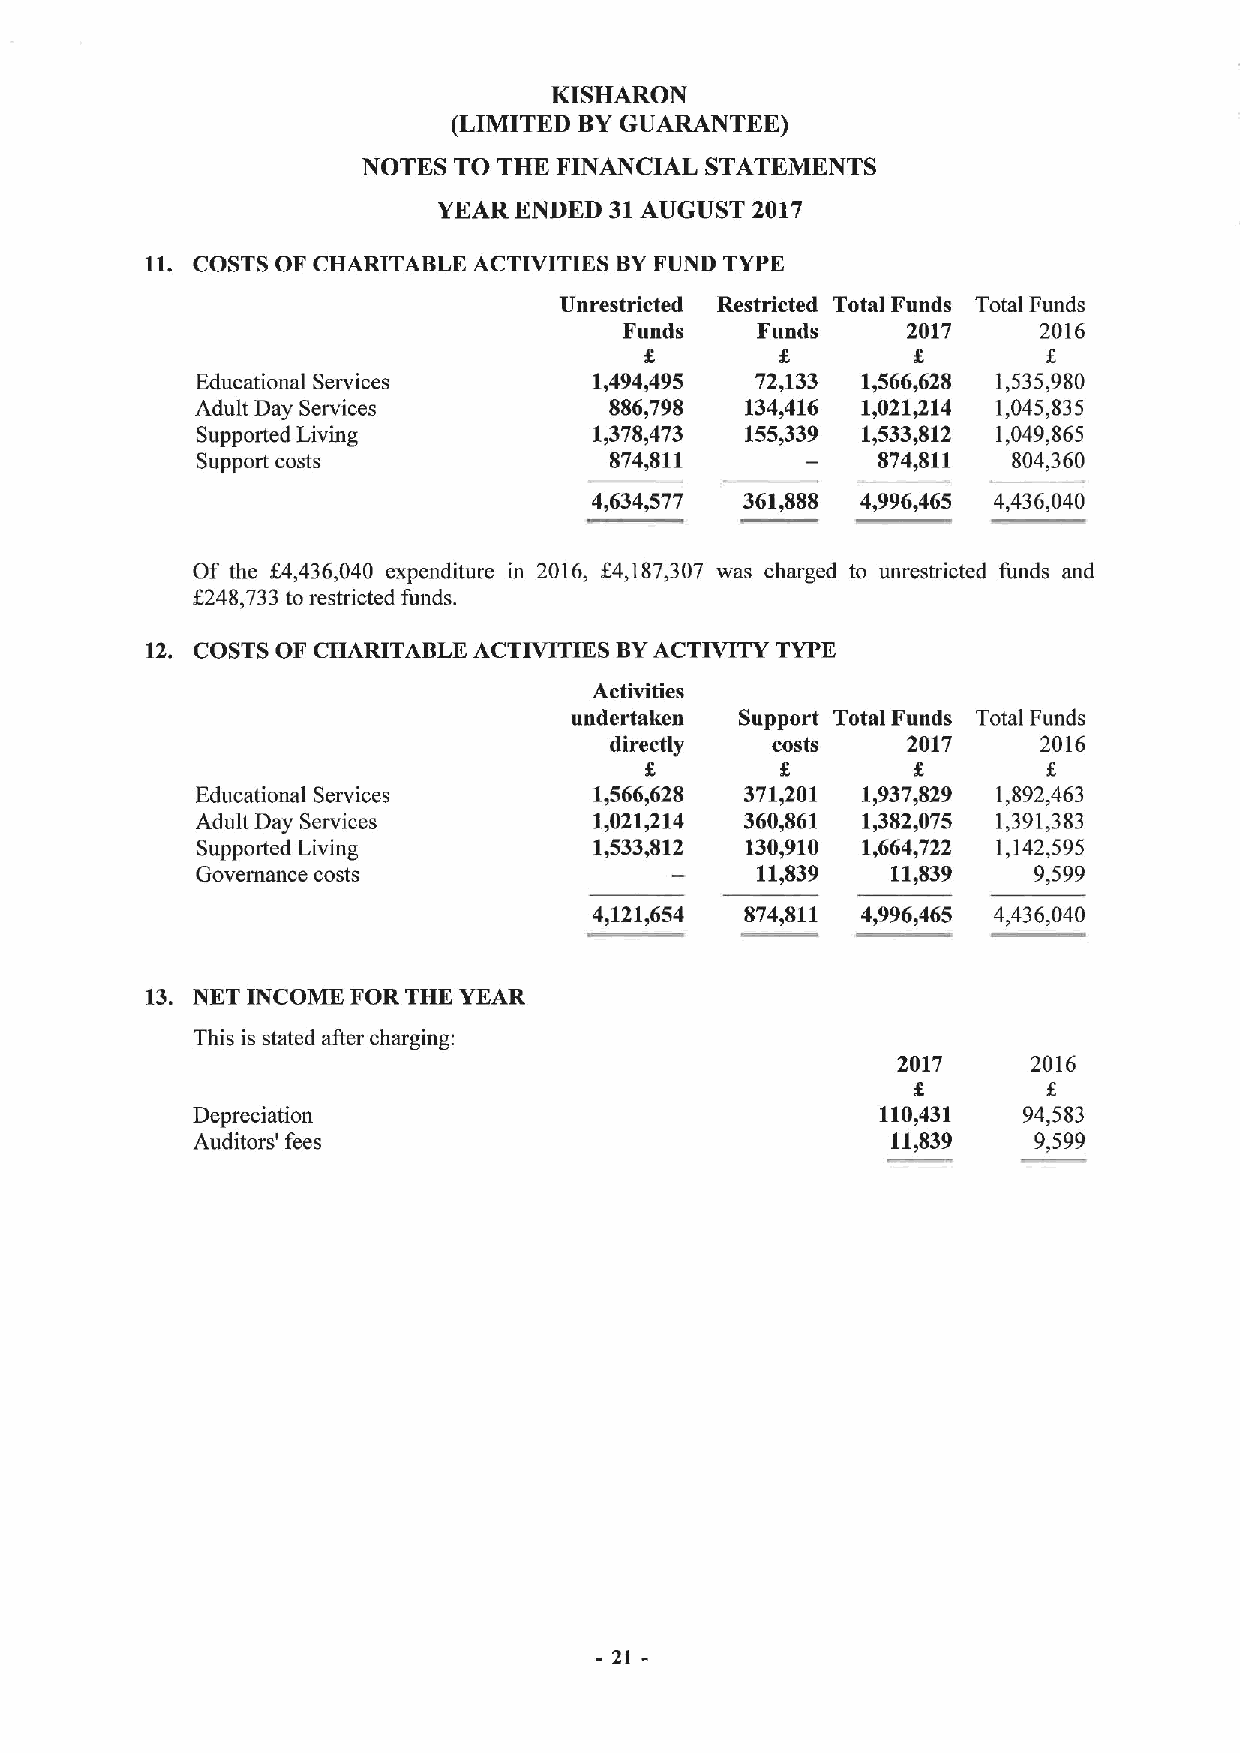
KISHARON
 (LIMITED BYGUARANTEE)
 NOTES TO THE FINANCIAL STATEMENTS
 YEAR ENDED 31AUGUST  2017
 11. COSTS OF CHARITABLE ACTIVITIES BYFUND TYPE
 Unrestricted Restricted Total Funds Total Funds
 Funds    Funds     2017     2016
 f.
 Educational Services      1,494,495  72,133 1,566,628 1,535,980
 Adult Day Services         886,798  134,416 1,021414 1,045,835
 Supported Living          1,378,473 155,339 1,533,812 1,049,865
 Support costs              874,811           874,811  804,360
 4,634,577 361,888 4,996,465 4,436,040
 Of the f4,436,040 expenditure in 2016, 64,187,307 was charged to unrestricted funds and
 f248,733 to restricted funds.
 12. COSTS OF CHARITABLE ACTIVITIES BYACTIVITY TYPE
 Activities
 undertaken Support Total Funds Total Funds
 directly   costs    2017     2016
 t.
 Educational Services      1,566,628 371,201 1,937,829 1,892,463
 Adult Day Services        1,021,214 360,861 1,382,075 1,391,383
 Supported Living          1,533,812 130,910 1,664,722 1,142,595
 Governance costs                     11,839   11,839   9,599
 4,121,654 874,811 4,996,465 4,436,040
 13. NET INCOME FOR THE YEAR
 This is stated after charging:
 2017     2016
 Depreciation                                 110,431   94,583
 Auditors' fees                                11,839   9,599
 21-